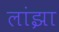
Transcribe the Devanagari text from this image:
लांझा